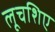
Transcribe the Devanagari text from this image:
लूचशिए